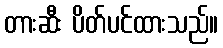
တားဆီး ပိတ်ပင်ထားသည်။